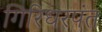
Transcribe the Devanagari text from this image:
गिरिधरपंत